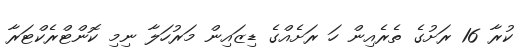
ކުރާ 16 ރަށުގެ ތެރެއިން ހަ ރަށެއްގެ ޑިޒައިން މަރުހަލާ ނިމި ކޮންޓްރެކްޓަރާ